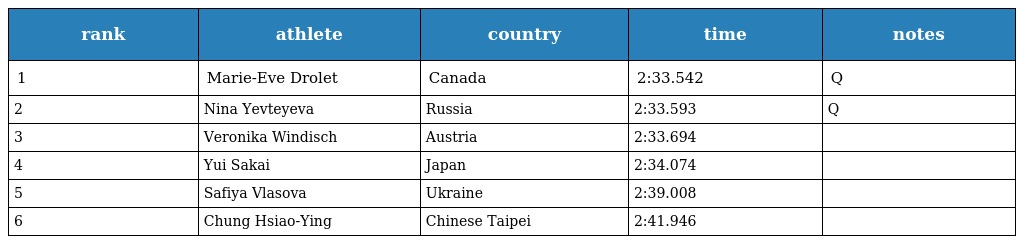
| rank | athlete | country | time | notes |
 | --- | --- | --- | --- | --- |
 | 1 | Marie-Eve Drolet | Canada | 2:33.542 | Q |
 | 2 | Nina Yevteyeva | Russia | 2:33.593 | Q |
 | 3 | Veronika Windisch | Austria | 2:33.694 |  |
 | 4 | Yui Sakai | Japan | 2:34.074 |  |
 | 5 | Safiya Vlasova | Ukraine | 2:39.008 |  |
 | 6 | Chung Hsiao-Ying | Chinese Taipei | 2:41.946 |  |